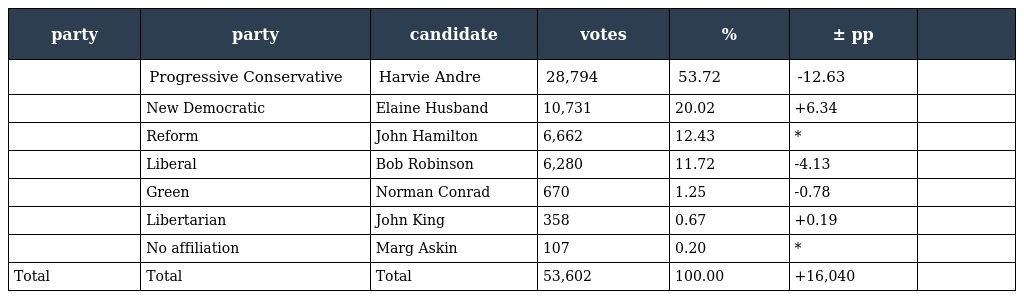
| party | party | candidate | votes | % | ± pp |  |
 | --- | --- | --- | --- | --- | --- | --- |
 |  | Progressive Conservative | Harvie Andre | 28,794 | 53.72 | -12.63 |  |
 |  | New Democratic | Elaine Husband | 10,731 | 20.02 | +6.34 |  |
 |  | Reform | John Hamilton | 6,662 | 12.43 | * |  |
 |  | Liberal | Bob Robinson | 6,280 | 11.72 | -4.13 |  |
 |  | Green | Norman Conrad | 670 | 1.25 | -0.78 |  |
 |  | Libertarian | John King | 358 | 0.67 | +0.19 |  |
 |  | No affiliation | Marg Askin | 107 | 0.20 | * |  |
 | Total | Total | Total | 53,602 | 100.00 | +16,040 |  |